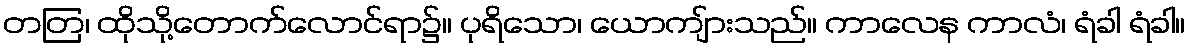
တတြ၊ ထိုသို့တောက်လောင်ရာ၌။ ပုရိသော၊ ယောကျ်ားသည်။ ကာလေန ကာလံ၊ ရံခါ ရံခါ။